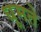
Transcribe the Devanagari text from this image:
धूमते